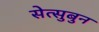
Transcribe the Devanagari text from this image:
सेत्सुबुन